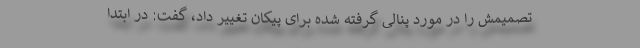
تصمیمش را در مورد پنالی گرفته شده برای پیکان تغییر داد، گفت: در ابتدا